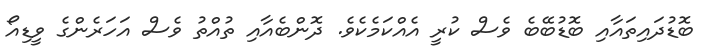
ބޮޑުދައިތައާއި ބޮޑުބޭބެ ވެސް ކުރީ އެއްކަމެކެވެ. ދޮންބެއާއި ތުއްތު ވެސް އަހަރެންގެ ވީޑިއޯ